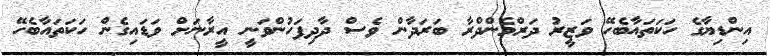
އިންޑިޔާގެ ހަކަތައާބެހޭ ވަޒީރު ދަރްމެންދްރާ ބަރަދާން ވެސް ދާދިފަހުންވަނީ އީރާނަށް ވަޑައިގެން ހަކަތައާބެހޭ